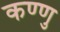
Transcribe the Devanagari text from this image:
कण्णु